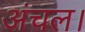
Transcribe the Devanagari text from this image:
अंचल।